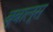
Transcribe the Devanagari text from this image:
बूबालूस्